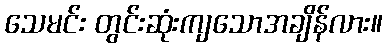
သေမင်း တွင်းဆုံးကျသောအချိန်လား။